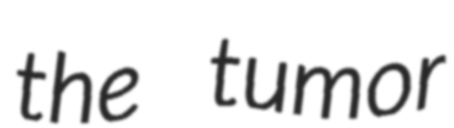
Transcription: the tumor